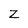
Character: Z